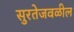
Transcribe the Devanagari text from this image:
सुरतेजवळील